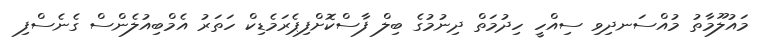
މައުލޫމާތު މުއްސަނދިވި ސިއްހީ ހިދުމަތް ދިނުމުގެ ބިލް ފާސްކޮށްފިޕެރަމެޑިކް ހަތަރު އެމްބިއުލެންސް ގެނެސްފި